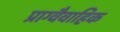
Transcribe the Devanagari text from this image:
प्राग्वैवाहिक